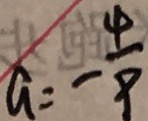
a = - \frac { 4 } { 9 }